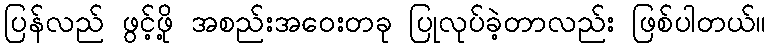
ပြန်လည် ဖွင့်ဖို့ အစည်းအဝေးတခု ပြုလုပ်ခဲ့တာလည်း ဖြစ်ပါတယ်။